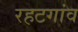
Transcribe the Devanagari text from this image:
रहटगांव